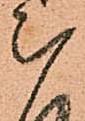
被